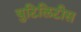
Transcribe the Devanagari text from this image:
युटिलिटीस